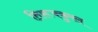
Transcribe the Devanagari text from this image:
तिरूक्कुरल